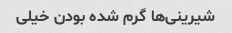
شیرینی‌ها گرم شده بودن خیلی